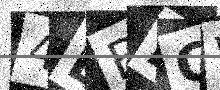
Text: 4LBLCW